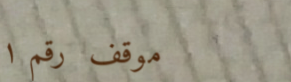
موقف رقم ١